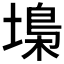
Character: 𡏭